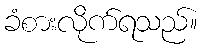
ခံစားလိုက်ရသည်။